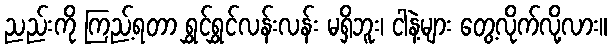
ညည်းကို ကြည့်ရတာ ရွှင်ရွှင်လန်းလန်း မရှိဘူး၊ ငါနဲ့များ တွေ့လိုက်လို့လား။